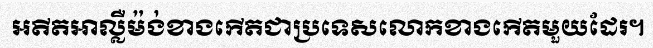
អតីតអាល្លឺម៉ង់ខាងកើតជាប្រទេសលោកខាងកើតមួយដែរ។